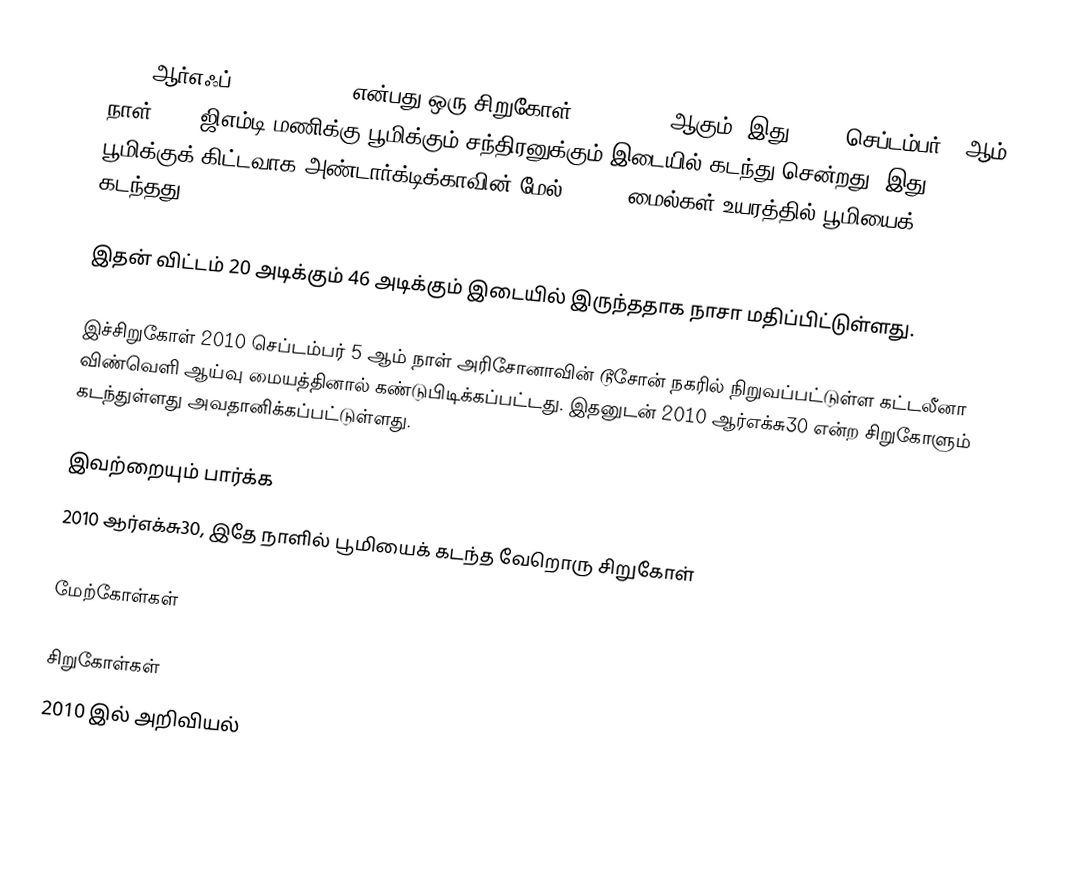
2010 ஆர்எஃப்12 (2010 RF12) என்பது ஒரு சிறுகோள் (asteroid) ஆகும். இது 2010, செப்டம்பர் 8 ஆம் நாள் 2112 ஜிஎம்டி மணிக்கு பூமிக்கும் சந்திரனுக்கும் இடையில் கடந்து சென்றது. இது பூமிக்குக் கிட்டவாக அண்டார்க்டிக்காவின் மேல் 49,088 மைல்கள் உயரத்தில் பூமியைக் கடந்தது.

இதன் விட்டம் 20 அடிக்கும் 46 அடிக்கும் இடையில் இருந்ததாக நாசா மதிப்பிட்டுள்ளது.

இச்சிறுகோள் 2010 செப்டம்பர் 5 ஆம் நாள் அரிசோனாவின் டூசோன் நகரில் நிறுவப்பட்டுள்ள கட்டலீனா விண்வெளி ஆய்வு மையத்தினால் கண்டுபிடிக்கப்பட்டது. இதனுடன் 2010 ஆர்எக்சு30 என்ற சிறுகோளும் கடந்துள்ளது அவதானிக்கப்பட்டுள்ளது.

இவற்றையும் பார்க்க
 2010 ஆர்எக்சு30, இதே நாளில் பூமியைக் கடந்த வேறொரு சிறுகோள்

மேற்கோள்கள்

சிறுகோள்கள்
2010 இல் அறிவியல்